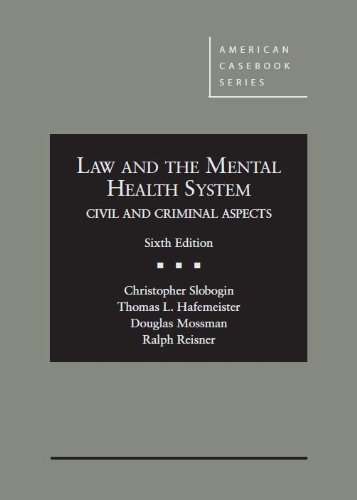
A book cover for Law and the Mental Health System, Civil and Criminal Aspects (American Casebook Series); Christopher Slobogin; Law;